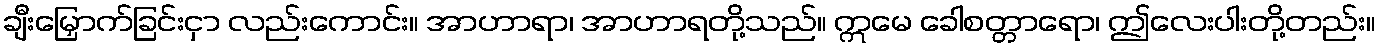
ချီးမြှောက်ခြင်းငှာ လည်းကောင်း။ အာဟာရာ၊ အာဟာရတို့သည်။ ဣမေ ခေါစတ္တာရော၊ ဤလေးပါးတို့တည်း။